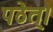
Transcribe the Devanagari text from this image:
पठेत्।